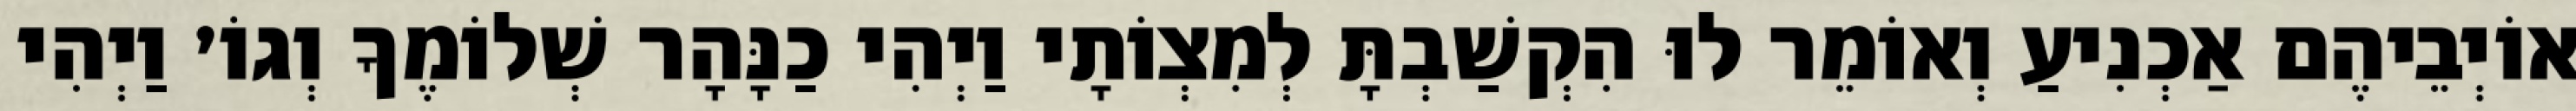
אוֹיְבֵיהֶם אַכְנִיעַ וְאוֹמֵר לוּ הִקְשַׁבְתָּ לְמִצְוֹתָי וַיְהִי כַנָּהָר שְׁלוֹמֶךָ וְגוֹ׳ וַיְהִי